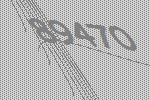
89470